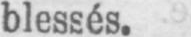
blessés.